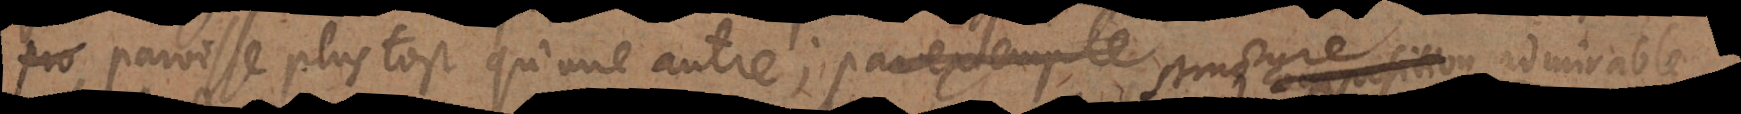
paroisse plustost qu’une autre; par exemple la structure admirable